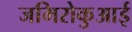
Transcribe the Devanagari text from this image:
जमिरोकुआई